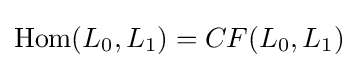
\mathrm {Hom} (L_{0},L_{1})=CF(L_{0},L_{1})